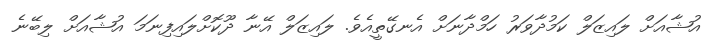
އުޝާއަށް ލައިޒަލް ކަމުދާވަރު ހަމްދާނަށް އެނގޭތީއެވެ. ލައިޒަލް އޭނާ ދޫކޮށްލައިފިނަމަ އުޝާއަށް ލިބޭނެ